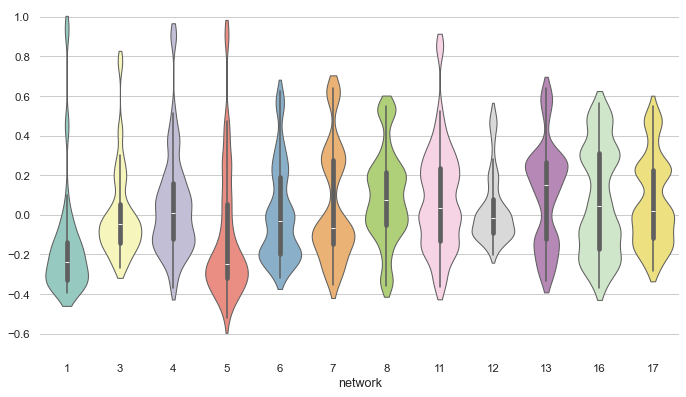
python, seaborn, violinplot, despine